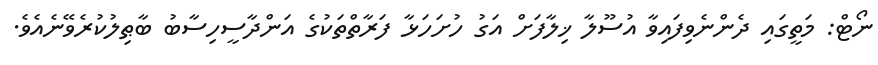
ނޯޓް: މަތީގައި ދެންނެވިފައިވާ އުސޫލާ ޚިލާފަށް އަގު ހުށަހަޅާ ފަރާތްތަކުގެ އަންދާސީހިސާބު ބާޠިލުކުރެވޭނެއެވެ.